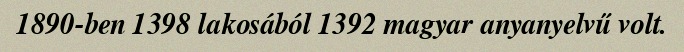
1890-ben 1398 lakosából 1392 magyar anyanyelvű volt.